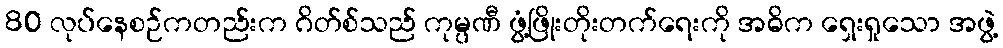
80 လုပ်နေစဉ်ကတည်းက ဂိတ်စ်သည် ကုမ္ပဏီ ဖွံ့ဖြိုးတိုးတက်ရေးကို အဓိက ရှေးရှုသော အဖွဲ့